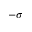
- \sigma